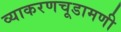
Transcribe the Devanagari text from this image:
व्याकरणचूडामणी